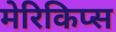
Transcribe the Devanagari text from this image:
मेरिकिप्स